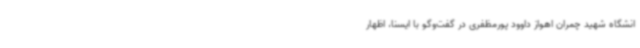
انشگاه شهید چمران اهواز داوود پورمظفری در گفت‌وگو با ایسنا، اظهار